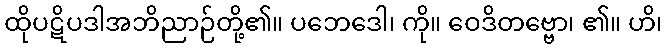
ထိုပဋိပဒါအဘိညာဉ်တို့၏။ ပဘေဒေါ၊ ကို။ ဝေဒိတဗ္ဗော၊ ၏။ ဟိ၊